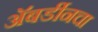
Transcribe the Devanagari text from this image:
अॅबर्डीनचा